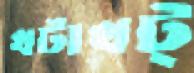
খটাখট্‌